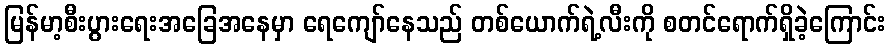
မြန်မာ့စီးပွားရေးအခြေအနေမှာ ရေကျော်နေသည် တစ်ယောက်ရဲ့လီးကို စတင်ရောက်ရှိခဲ့ကြောင်း